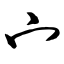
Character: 宀